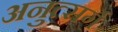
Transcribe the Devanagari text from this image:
अनुत्सर्ग